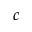
c